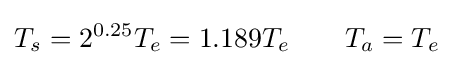
T_{s}=2^{0.25}T_{e}=1.189T_{e}\qquad T_{a}=T_{e}